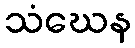
သံဃေန